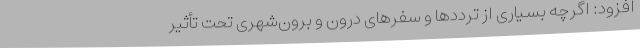
افزود: اگرچه بسیاری از ترددها و سفرهای درون و برون‌شهری تحت تأثیر